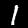
Label: 1